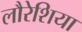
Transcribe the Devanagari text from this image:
लौरेशिया